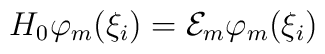
H_0\varphi _m(\xi _i)={\cal E}_m\varphi _m(\xi _i)